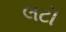
લટૉ